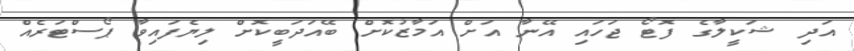
އަދި ޝަކީލާގެ ފޮޓޯ ޖަހައި އޭނާ އަށް އަމާޒުކޮށް ބޭއަދަބީކޮށް ލިޔެފައިވާ ޕޯސްޓަރެއް